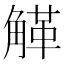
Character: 𧤒